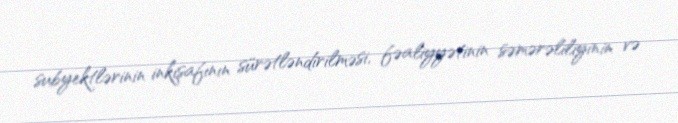
subyektlərinin inkişafının sürətləndirilməsi, fəaliyyətinin səmərəliliyinin və